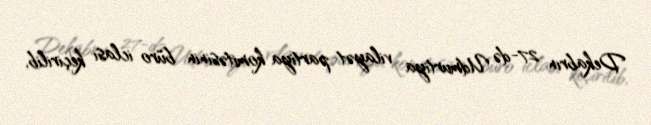
Dekabrın 27-də Udmurtiya vilayət partiya komitəsinin büro iclası keçirilib,